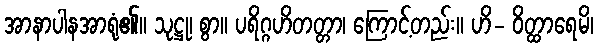
အာနာပါနအာရုံ၏။ သုဋ္ဌု၊ စွာ။ ပရိဂ္ဂဟိတတ္တာ၊ ကြောင့်တည်း။ ဟိ- ဝိတ္ထာရေမိ၊